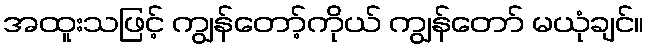
အထူးသဖြင့် ကျွန်တော့်ကိုယ် ကျွန်တော် မယုံချင်။